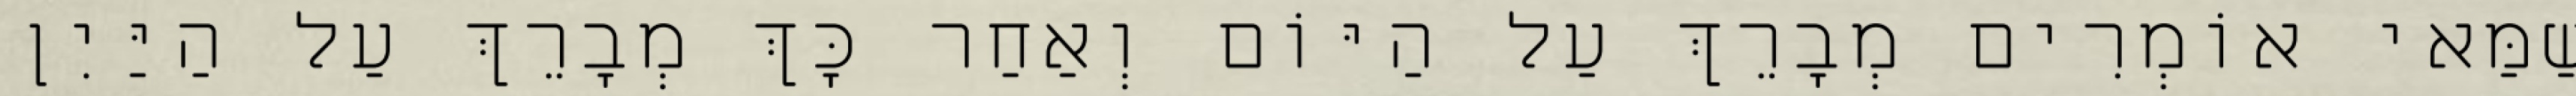
שַׁמַּאי אוֹמְרִים מְבָרֵךְ עַל הַיּוֹם וְאַחַר כָּךְ מְבָרֵךְ עַל הַיַּיִן